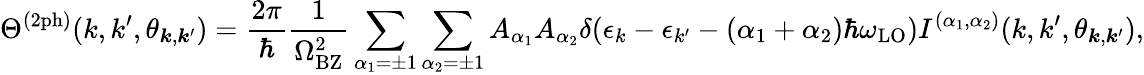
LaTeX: \Theta^{(\mathrm{2ph})}(k,k^{\prime},\theta_{\boldsymbol{k},\boldsymbol{k}^{\prime}})=\frac{2\pi}{\hbar}\frac{1}{\Omega_{\mathrm{BZ}}^{2}}\sum_{\alpha_{1}=\pm 1}\sum_{\alpha_{2}=\pm 1}A_{\alpha_{1}}A_{\alpha_{2}}\delta(\epsilon_{k}-\epsilon_{k^{\prime}}-(\alpha_{1}+\alpha_{2})\hbar\omega_{\mathrm{LO}})I^{(\alpha_{1},\alpha_{2})}(k,k^{\prime},\theta_{\boldsymbol{k},\boldsymbol{k}^{\prime}}),